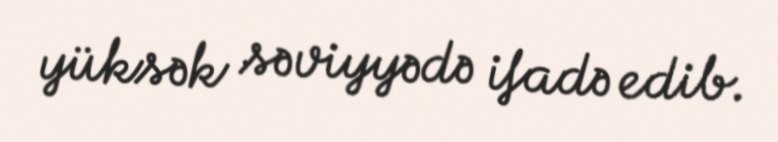
yüksək səviyyədə ifadə edib.